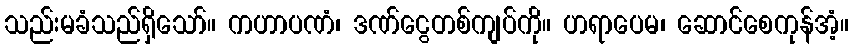
သည်းမခံသည်ရှိသော်။ ကဟာပဏံ၊ ဒဏ်ငွေတစ်ကျပ်ကို။ ဟရာပေမ၊ ဆောင်စေကုန်အံ့။